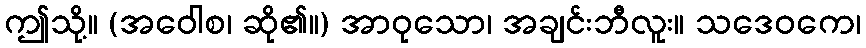
ဤသို့။ (အဝေါစ၊ ဆို၏။) အာဝုသော၊ အချင်းဘီလူး။ သဒေဝကေ၊